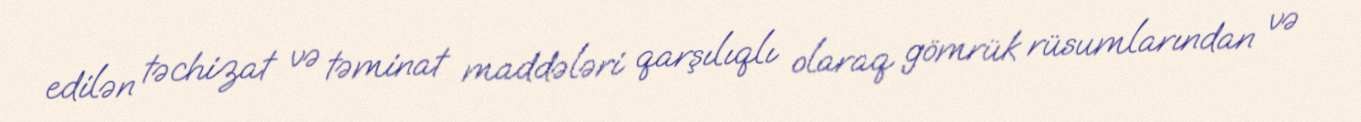
edilən təchizat və təminat maddələri qarşılıqlı olaraq gömrük rüsumlarından və